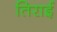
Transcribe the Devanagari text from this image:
तिराई